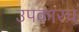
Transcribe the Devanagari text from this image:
उपकारच